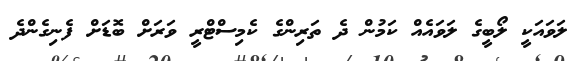
ލަވައަކީ ލޯބީގެ ލަވައެއް ކަމުން ދެ ތަރިންގެ ކެމިސްޓްރީ ވަރަށް ބޮޑަށް ފެނިގެންދެ